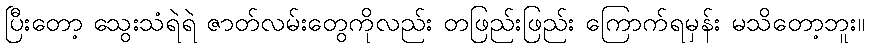
ပြီးတော့ သွေးသံရဲရဲ ဇာတ်လမ်းတွေကိုလည်း တဖြည်းဖြည်း ကြောက်ရမှန်း မသိတော့ဘူး။